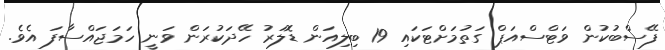
ފޭސްބުކުން ވަޓްސްއަޕް ގަތުމަށްޓަކައި 19 ބިލިއަން ޑޮލަރު ހޭދަކުރަން ވަނީ ހަމަޖައްސާފަ އެވެ.